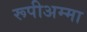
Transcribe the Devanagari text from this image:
रूपीअम्मा